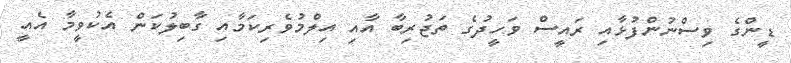
ޑީންގެ ވިސްނުންފުޅާއި ރައީސް ވަހީދުގެ ތަޖުރިބާ އާއި އިލްމުވެރިކަމާއި ގާބިލުކަން އެކުވީމާ އެއީ